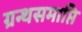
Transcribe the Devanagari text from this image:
ग्रन्थसमाप्ति